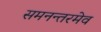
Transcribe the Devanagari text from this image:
समनन्तरमेव